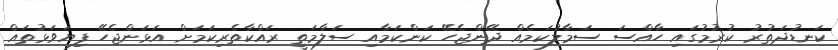
ކަނޑުދަތުރު ކުރުމުގައި ހާއްސަ ސަމާލުކަމެއް ދޭންޖެހޭ ކަންކަމާއި ސަލާމަތީ ރައްކާތެރިކަމަށް އަޅަންޖެހޭ ފިޔަވަޅުތައް